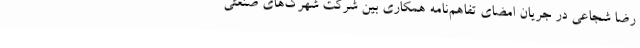
رضا شجاعی در جریان امضای تفاهم‌نامه همکاری بین شرکت شهرک‌های صنعتی